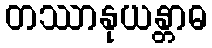
တဿာနုယန္တာဓ